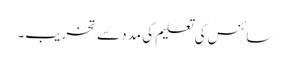
سائنس کی تعلیم کی مدد سے تخریب۔